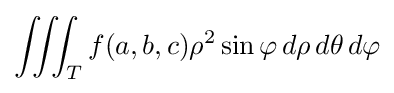
\iiint _{T}f(a,b,c)\rho ^{2}\sin \varphi \,d\rho \,d\theta \,d\varphi